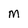
Character: M